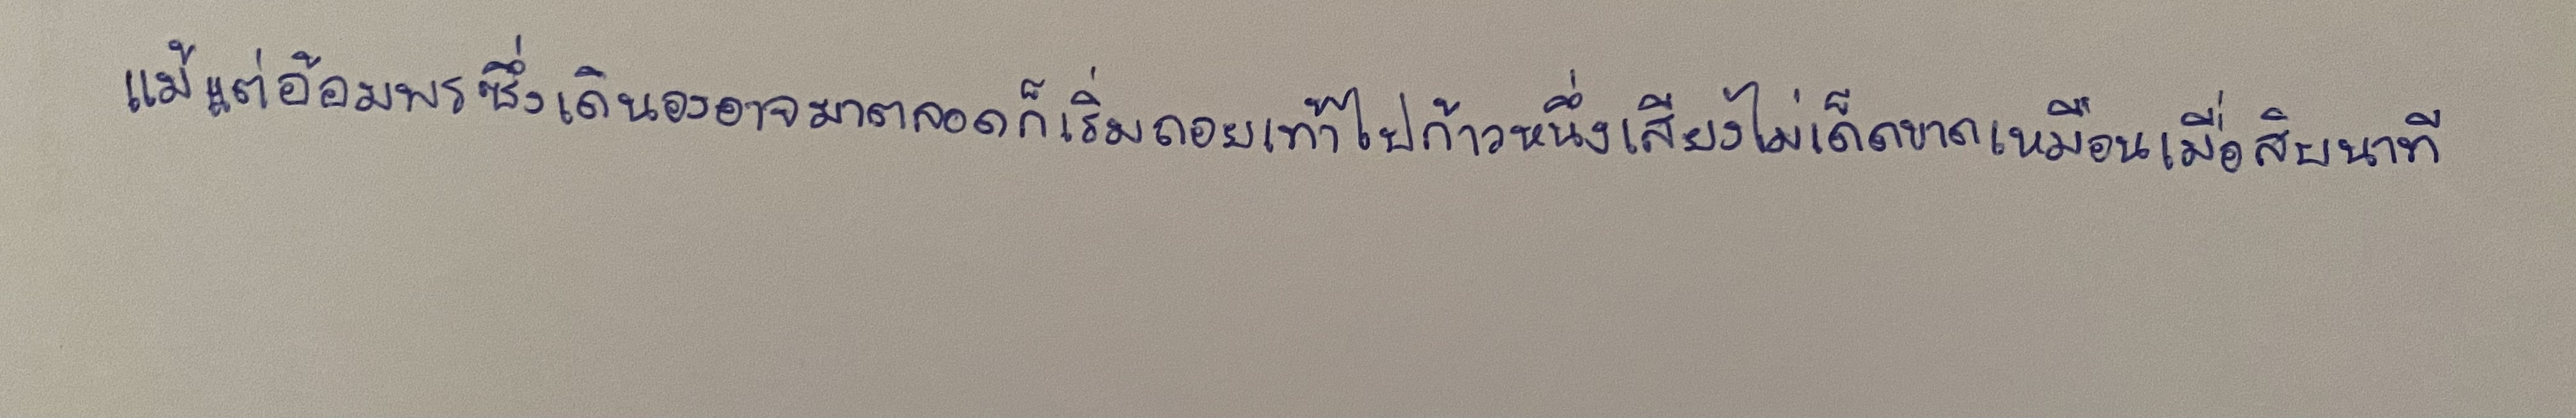
แม้แต่อ้อมพรซึ่งเดินองอาจมาตลอดก็เริ่มถอยเท้าไปก้าวหนึ่งเสียงไม่เด็ดขาดเหมือนเมื่อสิบนาที